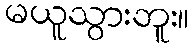
မယူသွားဘူး။